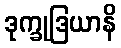
ဒုက္ခုဒြယာနိ